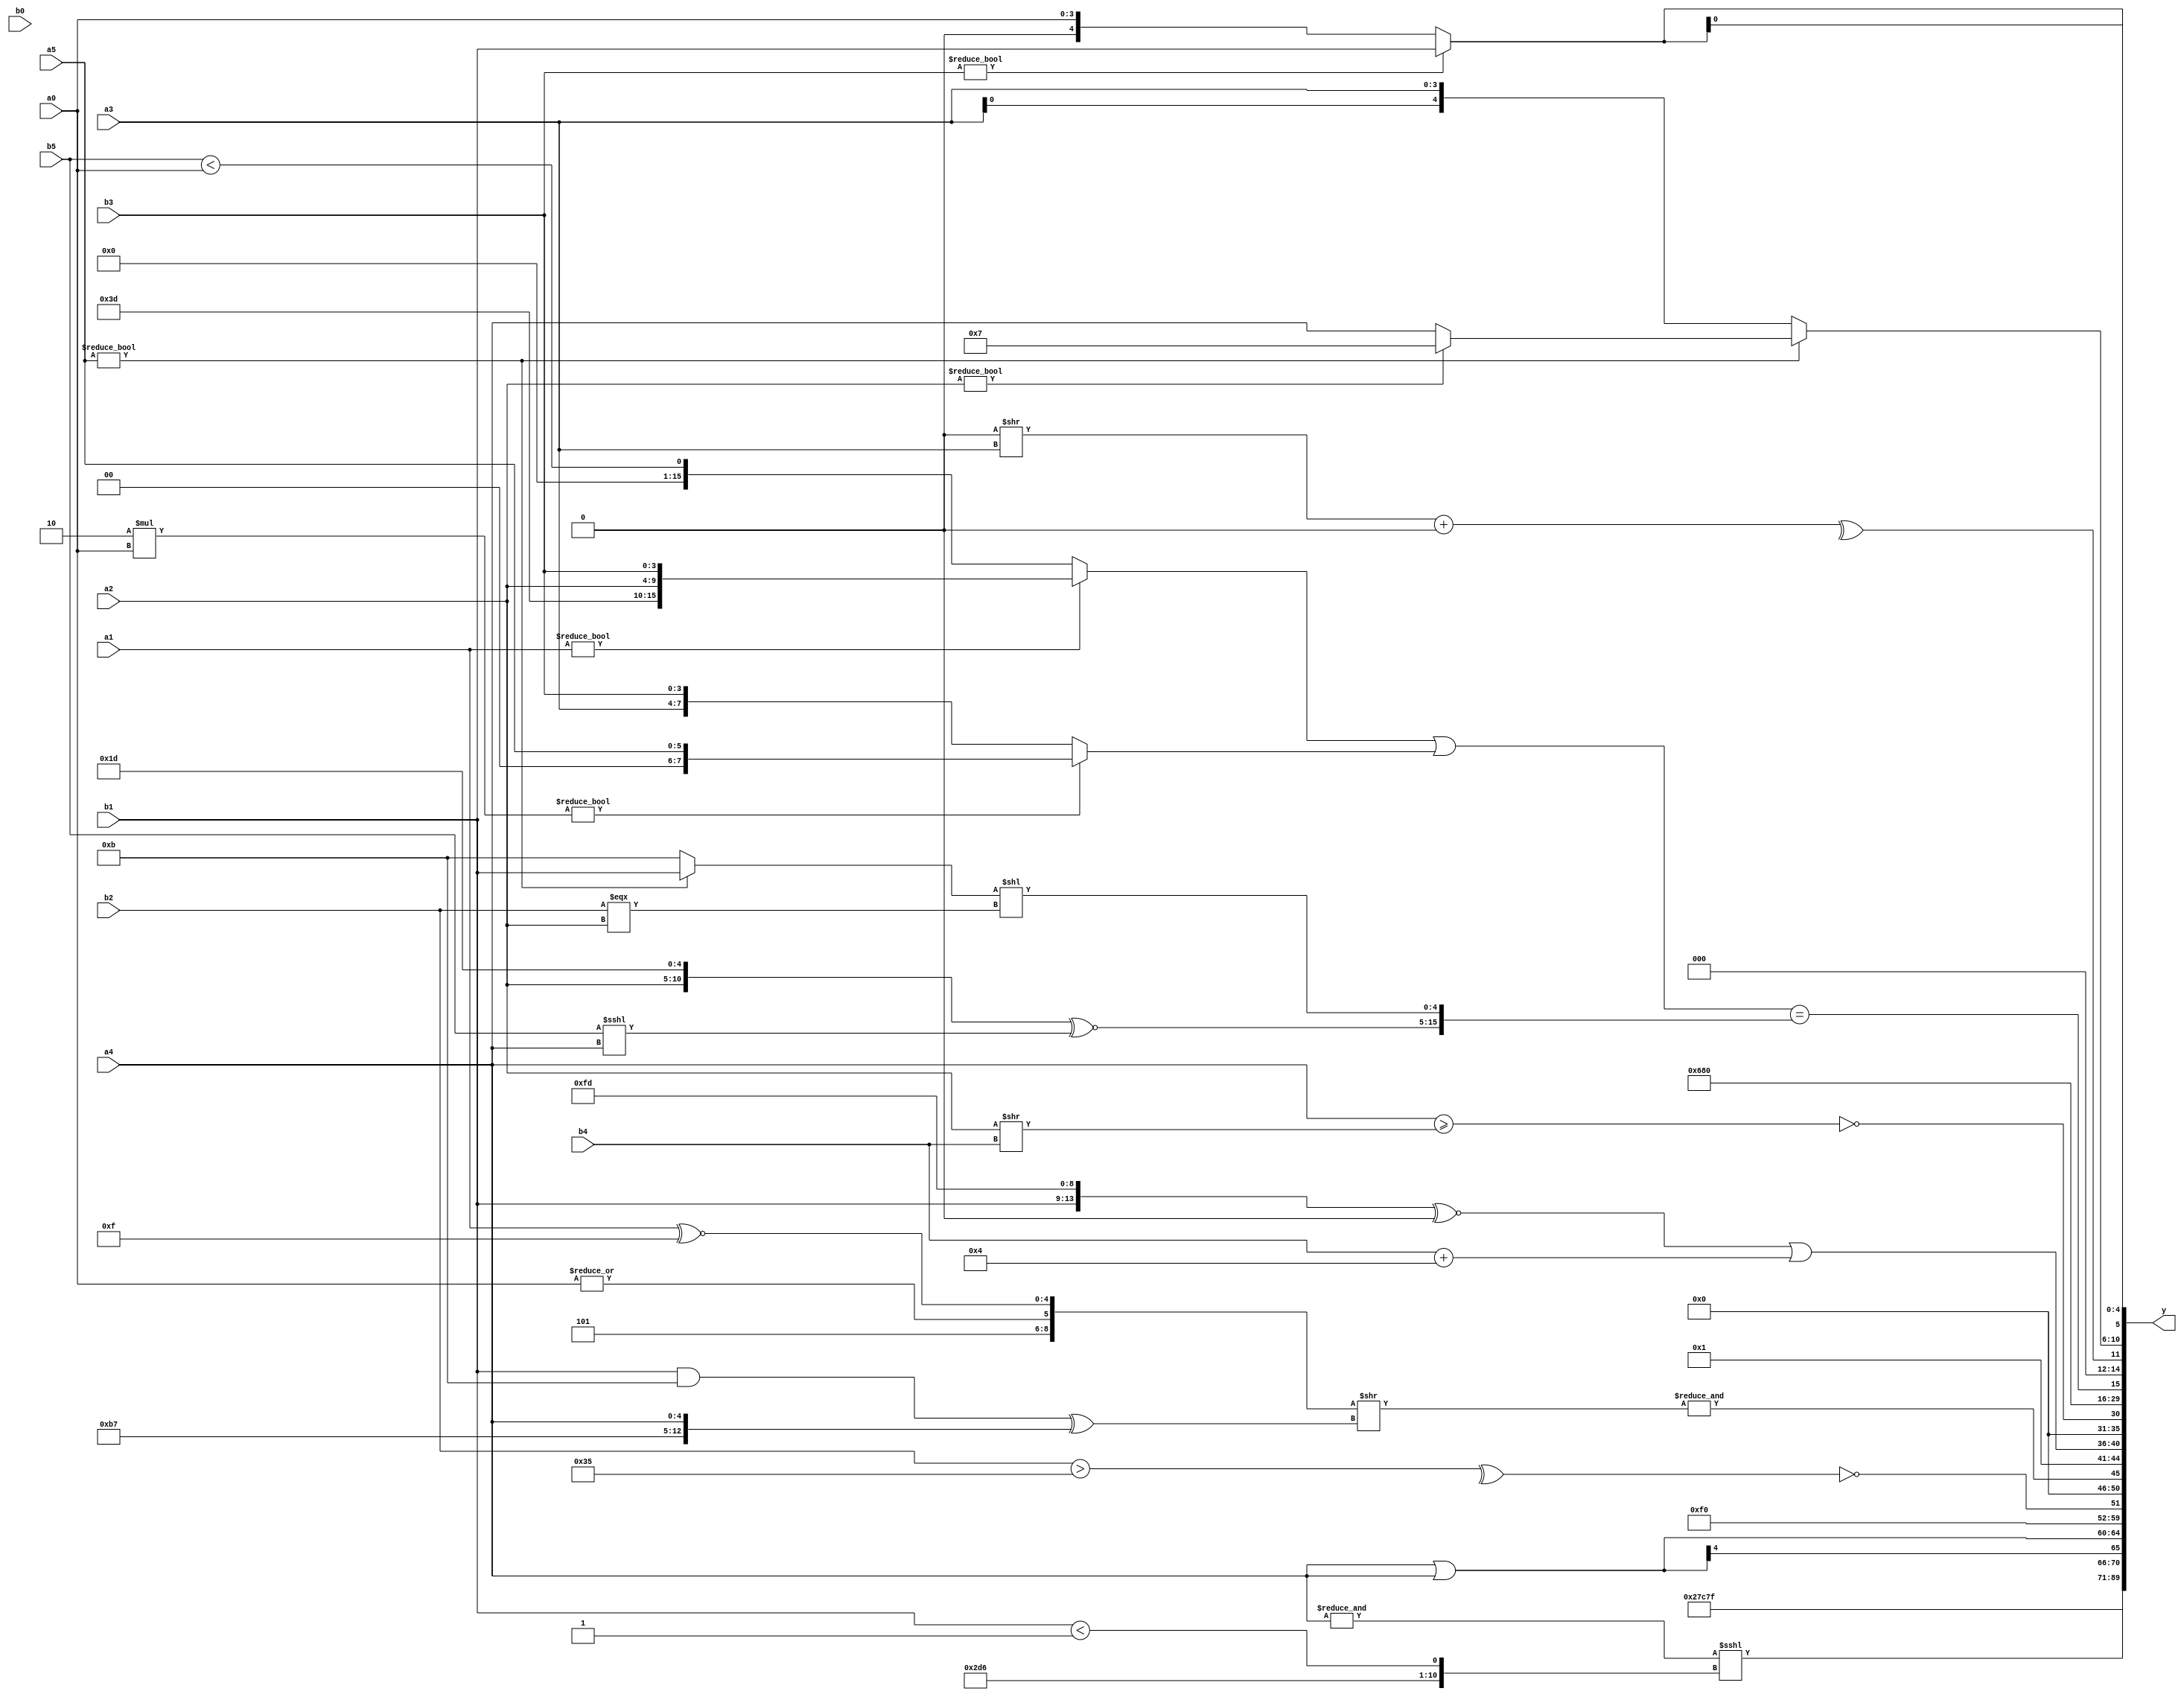
module expression_00215(a0, a1, a2, a3, a4, a5, b0, b1, b2, b3, b4, b5, y);
  input [3:0] a0;
  input [4:0] a1;
  input [5:0] a2;
  input signed [3:0] a3;
  input signed [4:0] a4;
  input signed [5:0] a5;

  input [3:0] b0;
  input [4:0] b1;
  input [5:0] b2;
  input signed [3:0] b3;
  input signed [4:0] b4;
  input signed [5:0] b5;

  wire [3:0] y0;
  wire [4:0] y1;
  wire [5:0] y2;
  wire signed [3:0] y3;
  wire signed [4:0] y4;
  wire signed [5:0] y5;
  wire [3:0] y6;
  wire [4:0] y7;
  wire [5:0] y8;
  wire signed [3:0] y9;
  wire signed [4:0] y10;
  wire signed [5:0] y11;
  wire [3:0] y12;
  wire [4:0] y13;
  wire [5:0] y14;
  wire signed [3:0] y15;
  wire signed [4:0] y16;
  wire signed [5:0] y17;

  output [89:0] y;
  assign y = {y0,y1,y2,y3,y4,y5,y6,y7,y8,y9,y10,y11,y12,y13,y14,y15,y16,y17};

  localparam [3:0] p0 = {3{{4{(4'd7)}}}};
  localparam [4:0] p1 = (5'd19);
  localparam [5:0] p2 = ({3{((4'd6)<=(-5'sd2))}}!==(^((~|(-4'sd3))<<((5'sd12)|(-4'sd2)))));
  localparam signed [3:0] p3 = {1{({4{(4'sd1)}}>=(~&(2'd0)))}};
  localparam signed [4:0] p4 = {1{{4{(4'd13)}}}};
  localparam signed [5:0] p5 = (+(~({(&(3'd7)),((3'd0)===(5'd24))}|({3{(2'd2)}}==(3'd1)))));
  localparam [3:0] p6 = (~&{(3'd0),(-2'sd1)});
  localparam [4:0] p7 = (5'sd11);
  localparam [5:0] p8 = (({(2'd3),(5'd16)}?((2'd2)!=(5'd5)):{(5'd19)})<({(5'sd6),(3'd0),(2'sd1)}?(-5'sd15):((4'd12)?(-4'sd6):(-2'sd0))));
  localparam signed [3:0] p9 = {(4'sd4)};
  localparam signed [4:0] p10 = ((((5'd25)!==(5'sd6))^~(^((5'sd9)>>(5'd19))))-((~{1{(5'd20)}})&&(^((-3'sd2)===(5'd15)))));
  localparam signed [5:0] p11 = {(~|(+(~(~^(4'd10))))),{(-(4'sd6)),(~&(3'sd1))}};
  localparam [3:0] p12 = ((~|((^(-3'sd3))!==((3'sd1)===(2'sd0))))+(4'd14));
  localparam [4:0] p13 = {2{(5'd11)}};
  localparam [5:0] p14 = (&{{2{(-2'sd1)}},{1{((2'sd0)^~(-4'sd1))}},{1{((-4'sd4)!=(4'd7))}}});
  localparam signed [3:0] p15 = {(|(~|(~^(~|(2'sd1)))))};
  localparam signed [4:0] p16 = (~&((-(2'd0))>>>(5'd28)));
  localparam signed [5:0] p17 = ((4'd2 * (&((2'd2)||(4'd7))))>(~|({(2'd3),(3'sd1),(-5'sd7)}^(!(5'sd14)))));

  assign y0 = (4'd4);
  assign y1 = (-4'sd1);
  assign y2 = ((2'd0)^(4'd7));
  assign y3 = {p4,p7,p12};
  assign y4 = ((~&(~&{a4,p12}))<<<{{2{p7}},(~^p2),(b1<p16)});
  assign y5 = (a4|a4);
  assign y6 = (-p2);
  assign y7 = (^(+(~(+(|(~^(!((b2>p11)^(!(p13%p15))))))))));
  assign y8 = (&({(p13>>p16),(|a0),(a1^~p12)}>>((b1&&p7)^{p13,p0,a4})));
  assign y9 = {(5'd20),((5'd27)&(p4^~p10)),{(5'sd7),{p14,p2}}};
  assign y10 = ({({p11}<=(p1||p5)),({b1,p0,p4}^~(p4-p4))}|{{(p16>a4),(a4>>p17),(b4+p9)}});
  assign y11 = (~^(&($unsigned($unsigned(a4))>=(a2>>b4))));
  assign y12 = ({1{(~&$signed({1{(({2{b0}}?{a2,a0,p5}:(+p12))?$unsigned($unsigned((p7?p13:b4))):((b0?p14:b4)))}}))}});
  assign y13 = $unsigned({((3'd1)),$unsigned((4'sd4))});
  assign y14 = ((({a1}?{p5,a2,b3}:(b5<a0))|((4'd2 * a0)?{a5}:{a3,b3}))=={({a2,p4}^~(b5<<<a4)),{((a5?b1:p13)<<(b2===a2))}});
  assign y15 = ((^(((p11<<<p1)>>$signed(a3))+(!{2{p4}})))<<{1{((|$signed((((^p16)<<(~&p3))))))}});
  assign y16 = ({a5}?(a2?p0:a4):{4{a3}});
  assign y17 = {3{{1{(b3?b1:a0)}}}};
endmodule